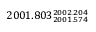
2 0 0 1 . 8 0 3 _ { 2 0 0 1 . 5 7 4 } ^ { 2 0 0 2 . 2 0 4 }